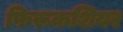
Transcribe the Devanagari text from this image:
फिरूकशियर